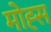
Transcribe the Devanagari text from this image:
मोह्स